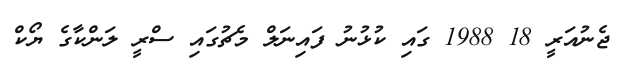
ޖެނުއަރީ 18 1988 ގައި ކުޅުނު ފައިނަލް މެޗުގައި ސްރީ ލަންކާގެ ޔޯކް